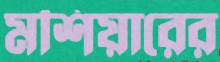
মশিয়ারের